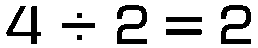
4 ÷ 2 = 2